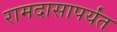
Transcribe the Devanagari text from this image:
रामदासापर्यंत